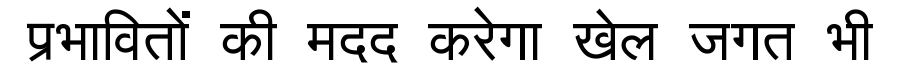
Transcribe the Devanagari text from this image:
प्रभावितों की मदद करेगा खेल जगत भी